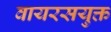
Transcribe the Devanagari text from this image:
वायरसयुक्त